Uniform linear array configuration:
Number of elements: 32
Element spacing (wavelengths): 0.5
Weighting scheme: binomial
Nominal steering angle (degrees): -45
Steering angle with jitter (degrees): -46.717
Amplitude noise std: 0.05
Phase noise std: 0.05

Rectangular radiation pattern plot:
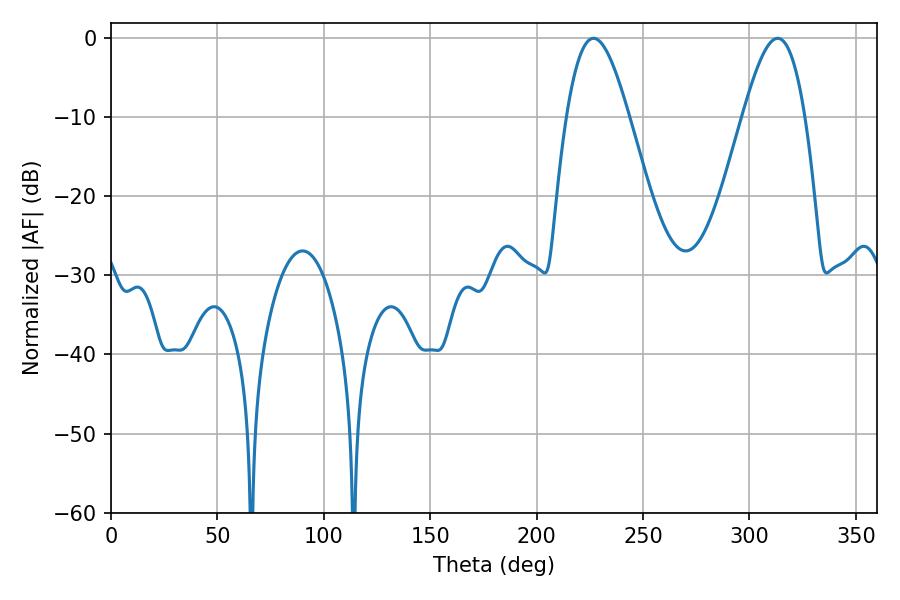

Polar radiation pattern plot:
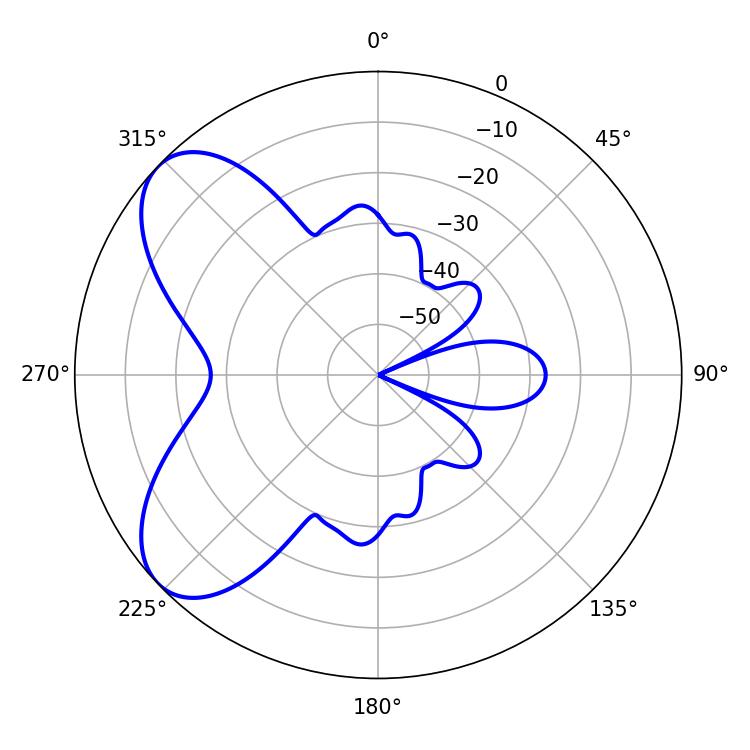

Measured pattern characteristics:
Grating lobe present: FALSE
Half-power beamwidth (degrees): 15.84
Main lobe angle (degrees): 226.8